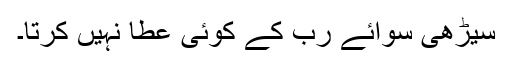
سیڑھی سوائے رب کے کوئی عطا نہیں کرتا۔